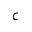
c